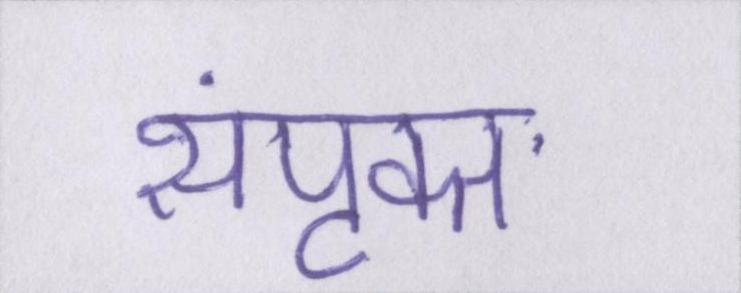
संपृक्त